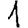
Digit: 1